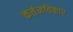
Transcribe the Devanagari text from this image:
कर्तनविकार